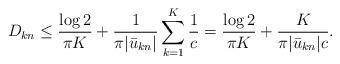
LaTeX: \begin{align*} D_{k n} \le {\log 2 \over \pi K}+{1 \over \pi |\bar {u}_{k n}|} \sum_{k=1}^K {1 \over c} = {\log 2 \over \pi K}+{K \over \pi |\bar {u}_{k n}| c}. \end{align*}